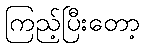
ကြည့်ပြီးတော့